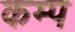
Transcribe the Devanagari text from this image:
कम्‍प